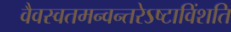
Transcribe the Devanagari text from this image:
वैवस्वतमन्वन्तरेऽष्टाविंशति